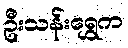
ဦးသန်းရွှေက